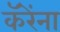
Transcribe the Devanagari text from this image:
कॅरेंना